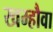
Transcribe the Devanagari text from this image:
खम्हौवा